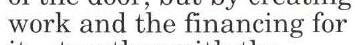
work and the financing for